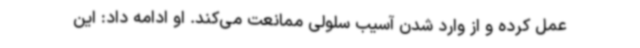
عمل کرده و از وارد شدن آسیب سلولی ممانعت می‌کند. او ادامه داد: این